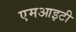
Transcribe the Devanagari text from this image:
एमआइटी